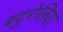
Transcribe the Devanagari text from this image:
बदुरेलिया